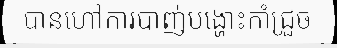
បានហៅការបាញ់បង្ហោះកាំជ្រួច